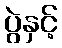
ပွဲနှင့်